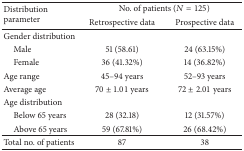
<table><thead><tr><td rowspan="2"><b>Distribution parameter</b></td><td colspan="2"><b>No. of patients (<i>N</i> = 125)</b></td></tr><tr><td><b>Retrospective data</b></td><td><b>Prospective data</b></td></tr></thead><tbody><tr><td>Gender distribution</td><td> </td><td> </td></tr><tr><td> Male</td><td>51 (58.61)</td><td>24 (63.15%)</td></tr><tr><td> Female</td><td>36 (41.32%)</td><td>14 (36.82%)</td></tr><tr><td>Age range</td><td>45–94 years</td><td>52–93 years</td></tr><tr><td>Average age</td><td>70 ± 1.01 years</td><td>72 ± 2.01 years</td></tr><tr><td>Age distribution</td><td> </td><td> </td></tr><tr><td> Below 65 years</td><td>28 (32.18)</td><td>12 (31.57%)</td></tr><tr><td> Above 65 years</td><td>59 (67.81%)</td><td>26 (68.42%)</td></tr><tr><td>Total no. of patients</td><td>87</td><td>38</td></tr></tbody></table>